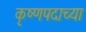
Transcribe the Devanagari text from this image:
कृष्णपदाच्या